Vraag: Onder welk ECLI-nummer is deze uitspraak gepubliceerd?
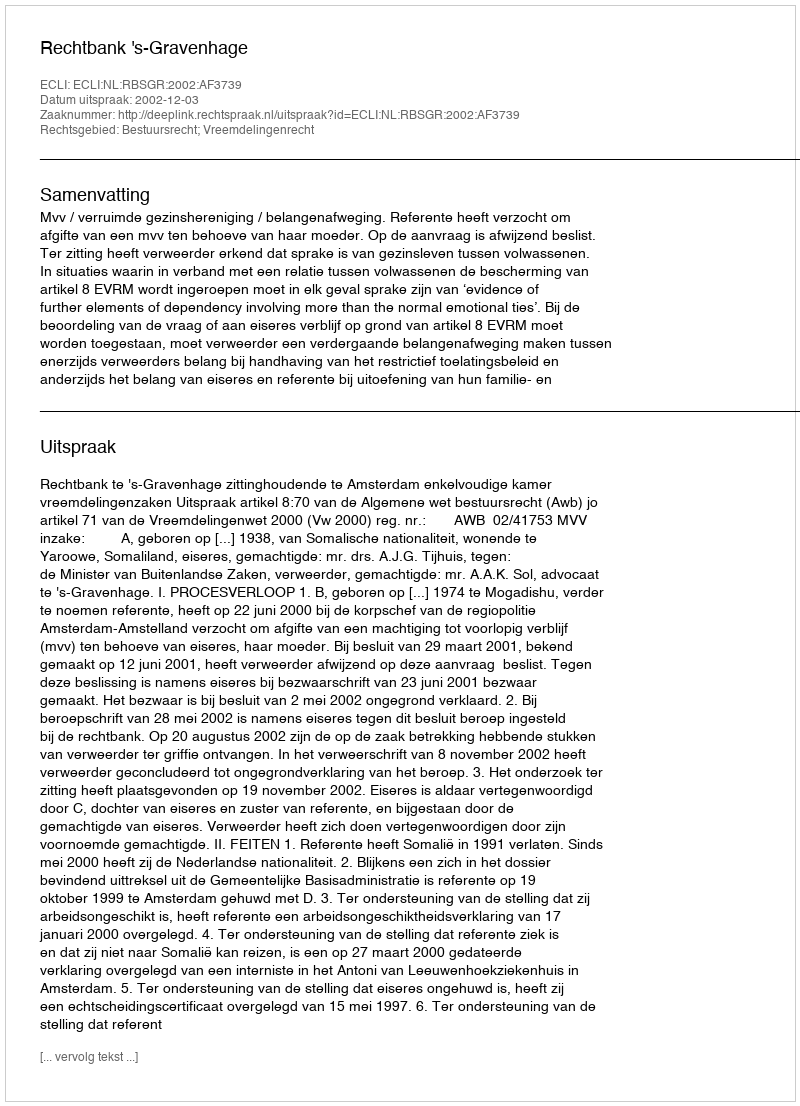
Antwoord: ECLI:NL:RBSGR:2002:AF3739